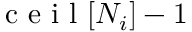
\textrm { c e i l } [ N _ { i } ] - 1